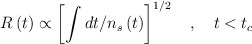
\begin{align*}R\left( t\right) \propto \left[ \int dt/n_{s}\left( t\right) \right]^{1/2}\quad ,\quad t<t_{c} \end{align*}